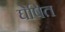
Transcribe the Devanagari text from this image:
घेषित